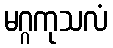
မဂ္ဂကုသလံ